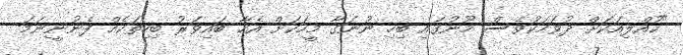
"ކުއްލިއަކަށް ދުވަހަކުވެސް މޫނުގައި ބިހި ނުނަގާ މީހަކަށް އެހާ ބައިވަރު ބިހިތަކެއް ފެނުނީނަމަ